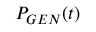
P _ { G E N } ( t )